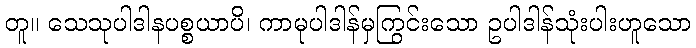
တူ။ သေသုပါဒါနပစ္စယာပိ၊ ကာမုပါဒါန်မှကြွင်းသော ဥပါဒါန်သုံးပါးဟူသော